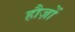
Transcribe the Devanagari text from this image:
हौज़ों